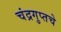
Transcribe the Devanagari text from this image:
चंद्रगुप्तचे